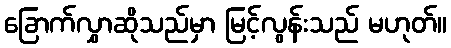
ခြောက်လွှာဆိုသည်မှာ မြင့်လွန်းသည် မဟုတ်။